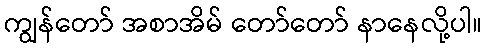
ကျွန်တော် အစာအိမ် တော်တော် နာနေလို့ပါ။